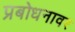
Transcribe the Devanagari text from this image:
प्रबोधनावर